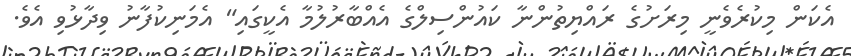
އެކަން މިކުރެވެނީ މިރަށުގެ ރައްޔިތުންނާ ކައުންސިލްގެ އެއްބާރުލުމާ އެކީގައި" އެމަނިކުފާނު ވިދާޅުވި އެވެ.